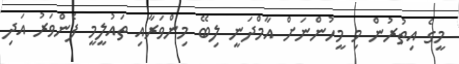
މީގެ އިތުރުން މި މީހުންނަށް އާމްދަނީ ލިބޭ މިންވަރާއި ތައުލީމީ ފެންވަރު އަދި